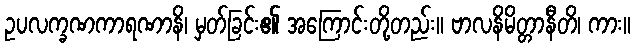
ဥပလက္ခဏကာရဏာနိ၊ မှတ်ခြင်း၏ အကြောင်းတို့တည်း။ ဗာလနိမိတ္တာနီတိ၊ ကား။